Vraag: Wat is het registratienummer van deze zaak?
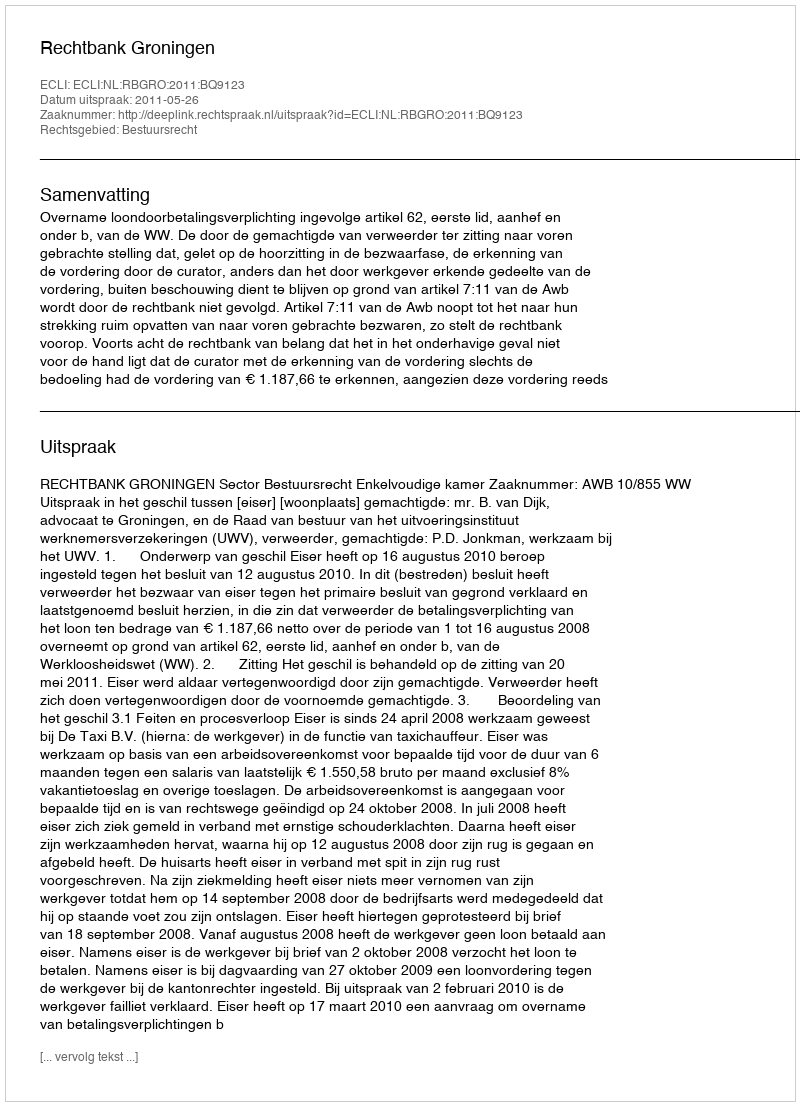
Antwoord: http://deeplink.rechtspraak.nl/uitspraak?id=ECLI:NL:RBGRO:2011:BQ9123